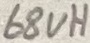
Text: 68uH